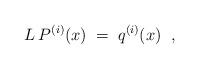
LaTeX: \begin{align*}L \, P^{(i)}(x) \;=\; q^{(i)}(x) \;\;,\end{align*}